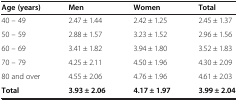
<table><thead><tr><td><b>Age (years)</b></td><td><b>Men</b></td><td><b>Women</b></td><td><b>Total</b></td></tr></thead><tbody><tr><td>40 – 49</td><td>2.47 ± 1.44</td><td>2.42 ± 1.25</td><td>2.45 ± 1.37</td></tr><tr><td>50 – 59</td><td>2.88 ± 1.57</td><td>3.23 ± 1.52</td><td>2.96 ± 1.56</td></tr><tr><td>60 – 69</td><td>3.41 ± 1.82</td><td>3.94 ± 1.80</td><td>3.52 ± 1.83</td></tr><tr><td>70 – 79</td><td>4.25 ± 2.11</td><td>4.50 ± 1.96</td><td>4.30 ± 2.09</td></tr><tr><td>80 and over</td><td>4.55 ± 2.06</td><td>4.76 ± 1.96</td><td>4.61 ± 2.03</td></tr><tr><td><b>Total</b></td><td><b>3.93 ± 2.06</b></td><td><b>4.17 ± 1.97</b></td><td><b>3.99 ± 2.04</b></td></tr></tbody></table>